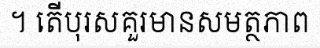
។ តើបុរសគួរមានសមត្ថភាព